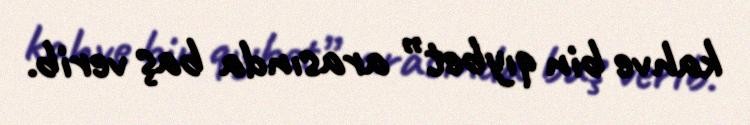
kahve bin qıybet” arasında baş verib.